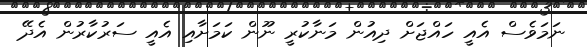
ނަމަވެސް އެއީ ހައްޖަށް ދިއުން މަނާކުރީ ނޫން ކަމަށާއި އެއީ ސަރުކާރުން އެދޭ